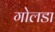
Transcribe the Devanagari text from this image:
गोलडा